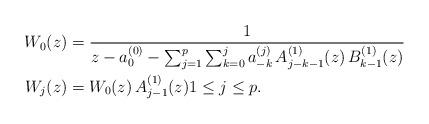
LaTeX: \begin{align*}W_{0}(z) &=\frac{1}{z-a_{0}^{(0)}-\sum_{j=1}^{p}\sum_{k=0}^{j}a_{-k}^{(j)}\,A_{j-k-1}^{(1)}(z)\,B_{k-1}^{(1)}(z)} \\W_{j}(z) & =W_{0}(z)\,A_{j-1}^{(1)}(z)1\leq j\leq p.\end{align*}